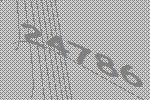
24786